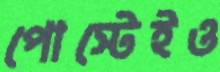
পোস্টেইও